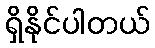
ရှိနိုင်ပါတယ်